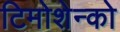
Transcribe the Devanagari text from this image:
टिमोशेन्को